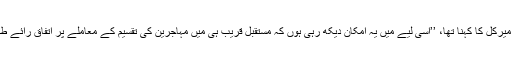
اسی تناظر میں میرکل کا کہنا تھا، ’’اسی لیے میں یہ امکان دیکھ رہی ہوں کہ مستقبل قریب ہی میں مہاجرین کی تقسیم کے معاملے پر اتفاق رائے طے ہو جائے گا۔